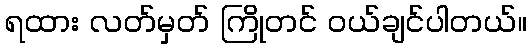
ရထား လတ်မှတ် ကြိုတင် ဝယ်ချင်ပါတယ်။